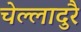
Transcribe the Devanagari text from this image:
चेल्लादुरै